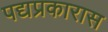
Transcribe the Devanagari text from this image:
पद्यप्रकारास